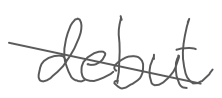
Text: debut
Cross-out: diagonal
Writing tool: digital_gray